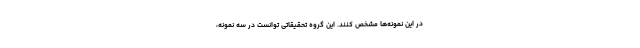
در این نمونه‌ها مشخص کنند. این گروه تحقیقاتی توانست در سه نمونه،